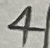
Text: 4